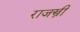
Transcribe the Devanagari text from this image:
राजस्त्री